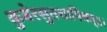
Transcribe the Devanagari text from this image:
कुबेरसुतशापिवत्‌॥।